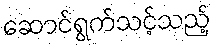
ဆောင်ရွက်သင့်သည့်